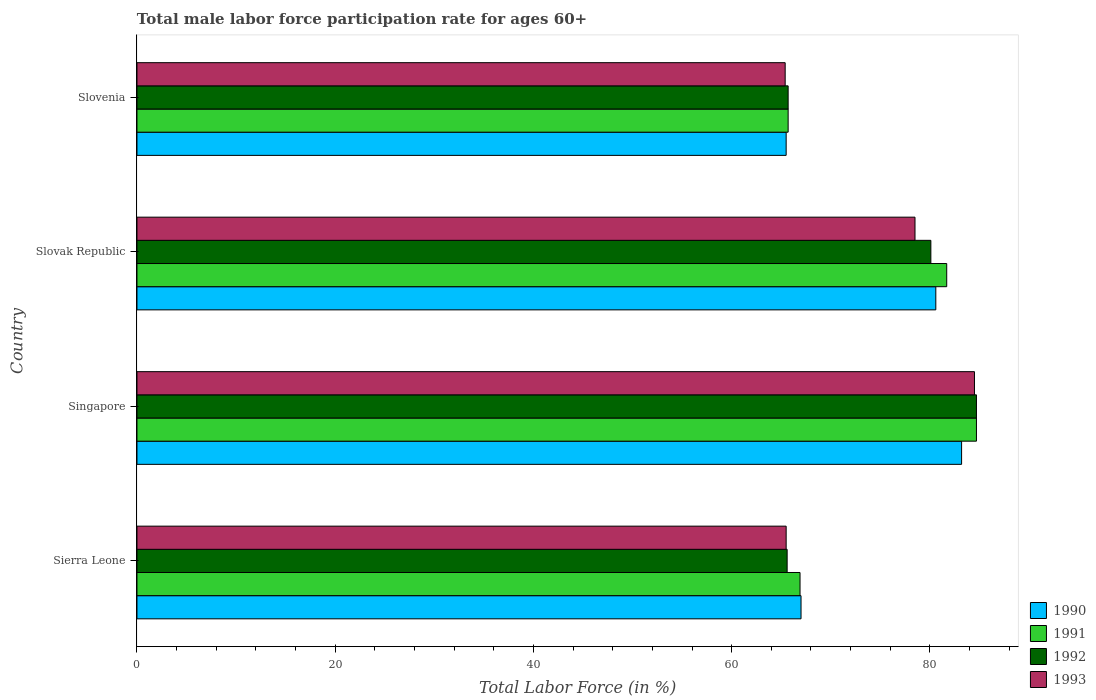
| Country | 1990 | 1991 | 1992 | 1993 |
 | --- | --- | --- | --- | --- |
 | Sierra Leone | 67 | 66.9 | 65.6 | 65.5 |
 | Singapore | 83.2 | 84.7 | 84.7 | 84.5 |
 | Slovak Republic | 80.6 | 81.7 | 80.1 | 78.5 |
 | Slovenia | 65.5 | 65.7 | 65.7 | 65.4 |